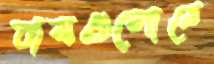
বাসগুলোতে